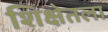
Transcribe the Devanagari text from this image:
शिक्षेतला